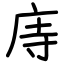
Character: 庤